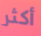
أكثر